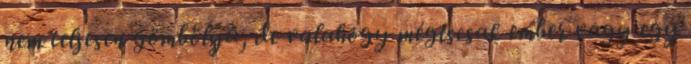
nem teljesen gömbölyű, de valahogy mégiscsak ember vagy egy